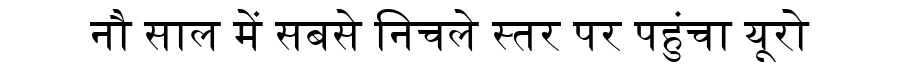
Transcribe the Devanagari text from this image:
नौ साल में सबसे निचले स्तर पर पहुंचा यूरो